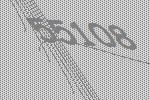
55108